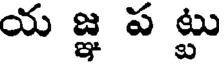
య జ్ఞ ప ట్టు